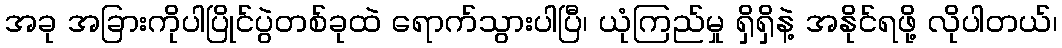
အခု အခြားကိုပါပြိုင်ပွဲတစ်ခုထဲ ရောက်သွားပါပြီ၊ ယုံကြည်မှု ရှိရှိနဲ့ အနိုင်ရဖို့ လိုပါတယ်၊